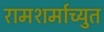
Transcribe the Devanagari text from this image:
रामशर्माच्युत